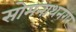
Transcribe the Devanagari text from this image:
सोमनाथनगर